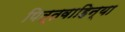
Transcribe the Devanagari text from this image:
पित्तवाहिन्या